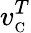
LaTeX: v_{\scriptscriptstyle\mathrm{C}}^{T}